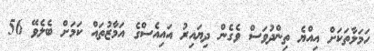
ހަމަލާތަކަށް އިއްޔެ ތިންދުވަސް ވެގެން ދިޔައިރު އައިއެސްގެ އަމާޒުތައް ކަމަށް ބެލެވޭ 56